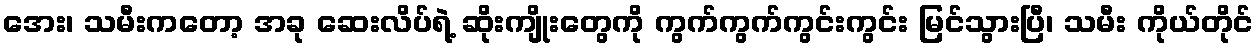
အေး၊ သမီးကတော့ အခု ဆေးလိပ်ရဲ့ ဆိုးကျိုးတွေကို ကွက်ကွက်ကွင်းကွင်း မြင်သွားပြီ၊ သမီး ကိုယ်တိုင်